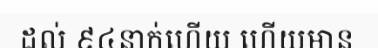
ដល់ ៩៤នាក់ហើយ ហើយមាន